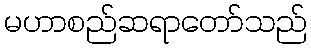
မဟာစည်ဆရာတော်သည်